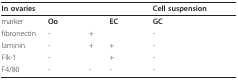
<table><thead><tr><td colspan="6"><b>In ovaries</b></td><td colspan="2"><b>Cell suspension</b></td></tr></thead><tbody><tr><td>marker</td><td><b>Oo</b></td><td>[EMPTY_CELL]</td><td>[EMPTY_CELL]</td><td><b>EC</b></td><td>[EMPTY_CELL]</td><td><b>GC</b></td><td>[EMPTY_CELL]</td></tr><tr><td>fibronectin</td><td>-</td><td>[EMPTY_CELL]</td><td>+</td><td>[EMPTY_CELL]</td><td>[EMPTY_CELL]</td><td>-</td><td>[EMPTY_CELL]</td></tr><tr><td>laminin</td><td>-</td><td>[EMPTY_CELL]</td><td>+</td><td>+</td><td>[EMPTY_CELL]</td><td>-</td><td>[EMPTY_CELL]</td></tr><tr><td>Flk-1</td><td>-</td><td>[EMPTY_CELL]</td><td>[EMPTY_CELL]</td><td>+</td><td>[EMPTY_CELL]</td><td>-</td><td>[EMPTY_CELL]</td></tr><tr><td>F4/80</td><td>-</td><td>[EMPTY_CELL]</td><td>-</td><td>-</td><td>[EMPTY_CELL]</td><td>-</td><td>[EMPTY_CELL]</td></tr></tbody></table>